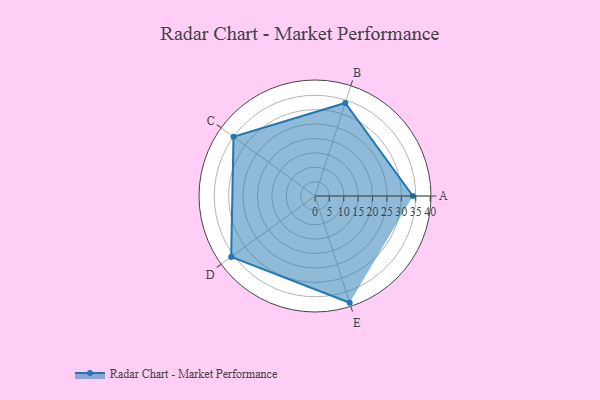
{"axis": {"x": "Skill", "y": "Score"}, "legend": ["Profile"], "data": [{"x": "A", "y": 34.0, "type": "Profile"}, {"x": "B", "y": 34.0, "type": "Profile"}, {"x": "C", "y": 35.0, "type": "Profile"}, {"x": "D", "y": 36.0, "type": "Profile"}, {"x": "E", "y": 39.0, "type": "Profile"}]}